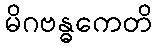
မိဂဗန္ဓကေတိ